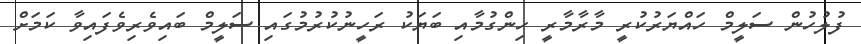
ފުލުހުން ސަލީމް ހައްޔަރުކުރީ މާރާމާރީ ހިންގުމާއި ބަޔަކު ރަހީނުކުރުމުގައި ސަލީމް ބައިވެރިވެފައިވާ ކަމަށް